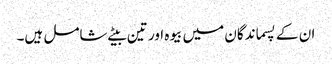
ان کے پسماندگان میں بیوہ اور تین بیٹے شامل ہیں۔